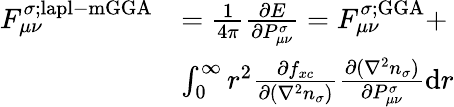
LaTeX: \begin{array}{rl}{F_{\mu\nu}^{\sigma;\mathrm{lapl-mGGA}}}&{=\frac{1}{4\pi}\frac{\partial E}{\partial P_{\mu\nu}^{\sigma}}=F_{\mu\nu}^{\sigma;\mathrm{GGA}}+}\\ &{\int_{0}^{\infty}r^{2}\frac{\partial f_{xc}}{\partial(\nabla^{2}n_{\sigma})}\frac{\partial(\nabla^{2}n_{\sigma})}{\partial P_{\mu\nu}^{\sigma}}\mathrm{d}r}\end{array}